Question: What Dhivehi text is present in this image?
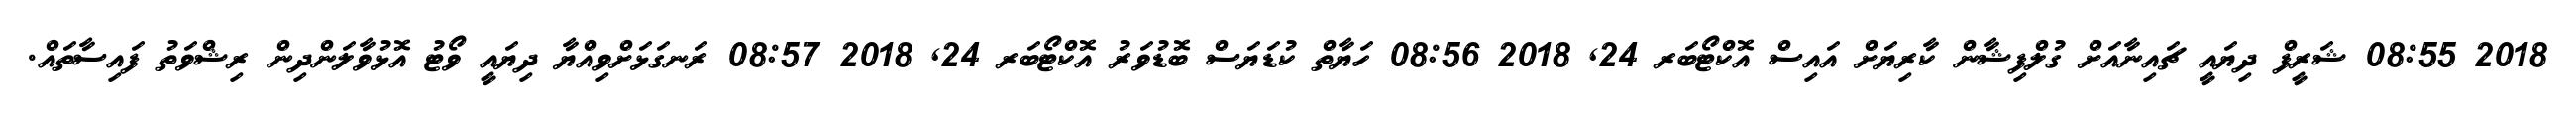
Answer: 2018 08:55 ޝަރީފް ދިޔައީ ޗައިނާއަށް ގުލްފިޝާން ކާރިޔަށް އައިސް އޮކްޓޯބަރ 24, 2018 08:56 ހަޔާތް ކުޑަޔަސް ބޮޑުވަރު އޮކްޓޯބަރ 24, 2018 08:57 ރަނގަޅަށްވިއްޔާ ދިޔައީ ވޯޓު އޮޅުވާލަންދިން ރިޝްވަތު ފައިސާތައް.